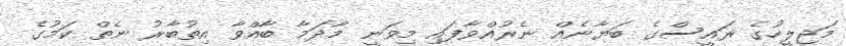
މަޖިލީހުގެ ރައީސްގެ ބަޔާނެއް ނެރުއްވާފައި މިވަނީ މާދަމާ ބާއްވާ އިތުބާރު ނެތް ކަމުގެ